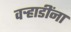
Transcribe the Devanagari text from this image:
वर्‍हाडींना